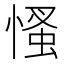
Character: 慅